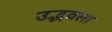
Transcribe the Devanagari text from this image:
उद्‍भवला